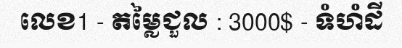
លេខ1 - តម្លៃជួល : 3000$ - ទំហំដី